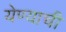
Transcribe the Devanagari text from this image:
येण्‍याची